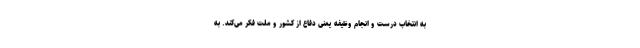
به انتخاب درست و انجام وظیفه یعنی دفاع از کشور و ملت فکر می‌کند. به